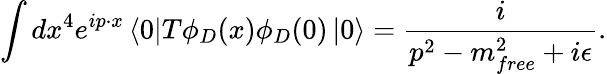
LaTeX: \int dx^{4}e^{ip\cdot x}\left<0\right|T\phi_{D}(x)\phi_{D}(0)\left|0\right>=\frac{i}{p^{2}-m_{free}^{2}+i\epsilon}.